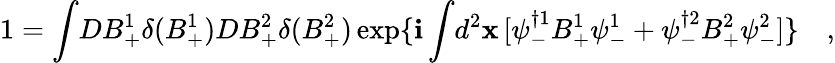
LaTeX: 1=\int\! DB_{+}^{1}\delta(B_{+}^{1})DB_{+}^{2}\delta(B_{+}^{2})\exp\{ \mathbf{i}\int\! d^{2}\mathbf{x}\, [\psi_{-}^{\dagger1}B_{+}^{1}\psi_{-}^{1}+\psi_{-}^{\dagger2}B_{+}^{2}\psi_{-}^{2}]\} \quad,